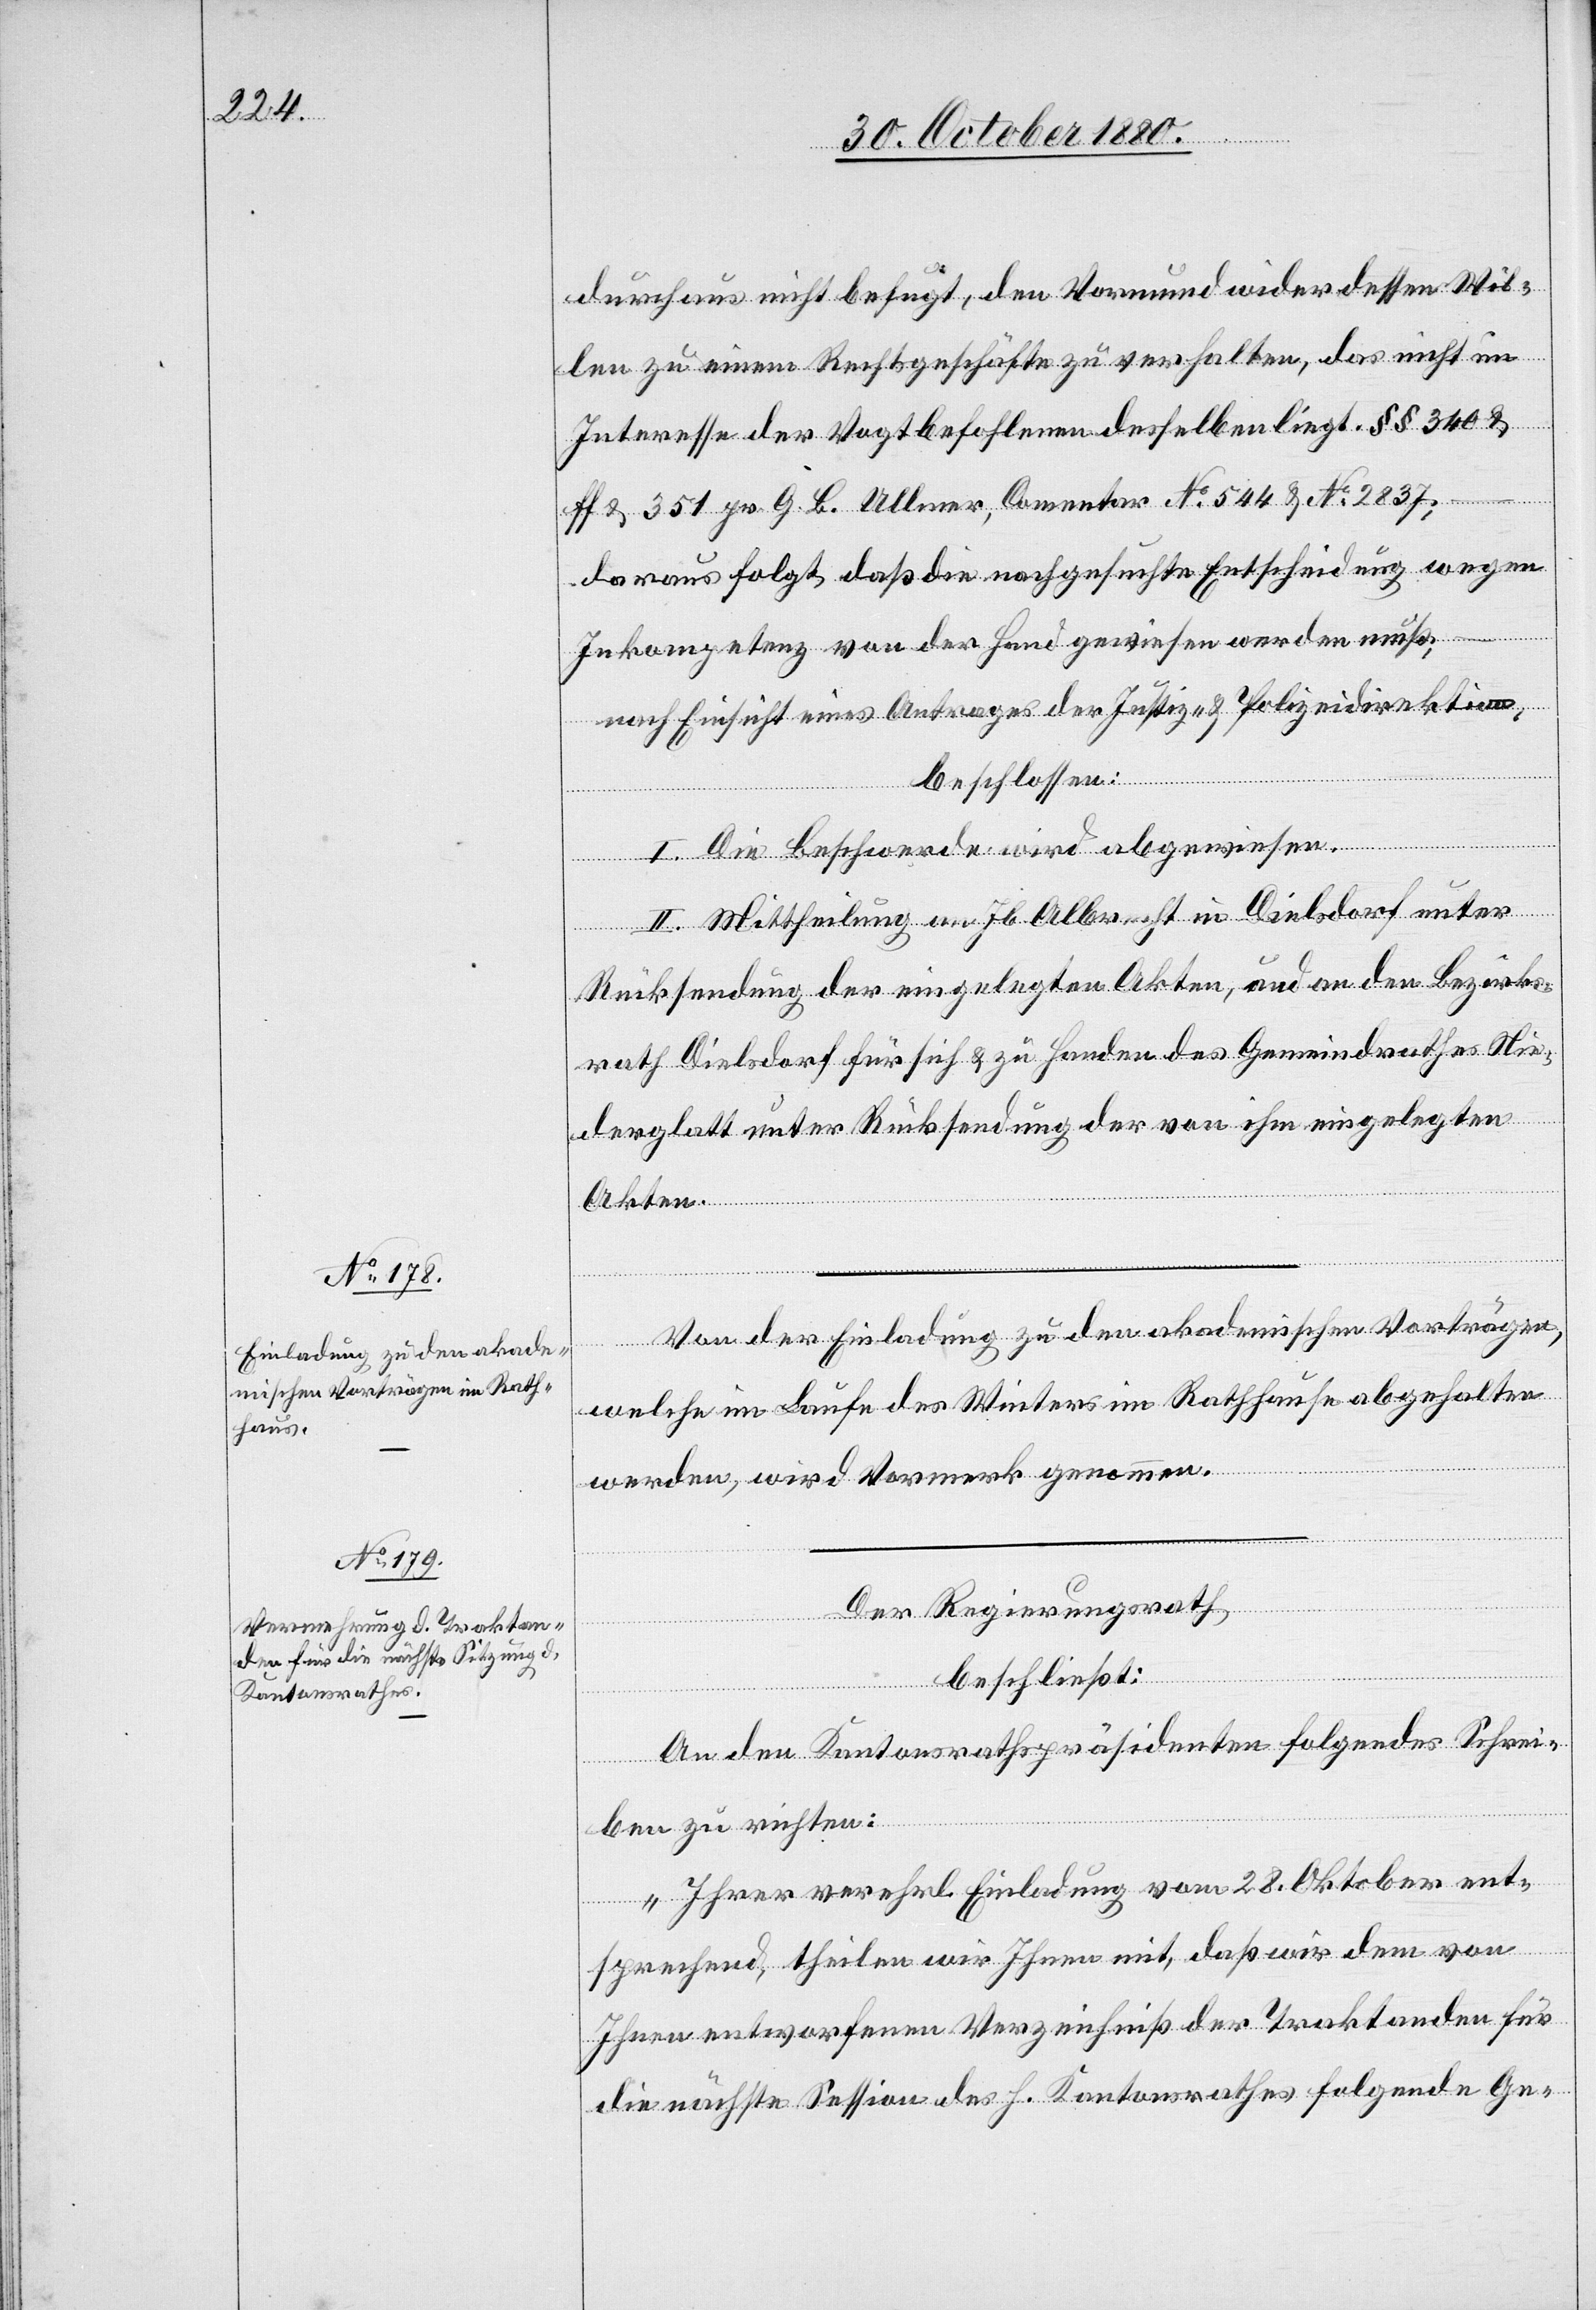
durchaus nicht befugt, den Vormund wider dessen Wil¬
len zu einem Rechtsgeschäfte zu verhalten, das nicht im
Interesse des Vogtbefohlenen desselben liegt. §§ 340 &
ff & 351 pr. G. B. Ullmer, Comentar No 544 & No 2837;
daraus folgt, daß die nachgesuchte Entscheidung wegen
Inkompetenz von der Hand gewiesen werden muß;
nach Einsicht eines Antrages der Justiz- & Polizeidirektion,
beschlossen:
I. Die Beschwerde wird abgewiesen.
II. Mittheilung an Jb. Albrecht in Dielsdorf unter
Rücksendung der eingelegten Akten, und an den Bezirks¬
rath Dielsdorf für sich & zu Handen des Gemeindrathes Nie¬
derglatt unter Rücksendung der von ihm eingelegten
Akten.
Von der Einladung zu den akademischen Vorträgen,
welche im Laufe des Winters im Rathhause abgehalten
werden, wird Vormerk genommen.
Der Regierungsrath
beschließt:
An den Kantonsrathspräsidenten folgendes Schrei¬
ben zu richten:
„Ihrer verehrl. Einladung vom 28. Oktober ent¬
sprechend, theilen wir Ihnen mit, daß wir dem von
Ihnen entworfenen Verzeichniß der Traktanden für
die nächste Session des h. Kantonsrathes folgendes Ge-